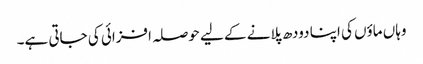
وہاں ماؤں کی اپنا دودھ پلانے کے لیے حوصلہ افزائی کی جاتی ہے۔